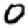
Digit: 0